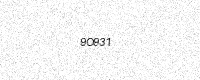
Text: 9O931